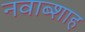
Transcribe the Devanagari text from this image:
नवाब्शाह